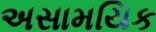
અસામયિક